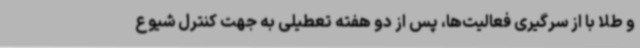
و طلا با از سرگیری فعالیت‌ها، پس از دو هفته تعطیلی به جهت کنترل شیوع